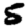
Digit: 5